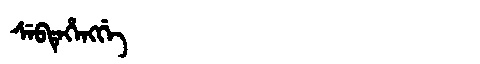
Manchu: ᠰᡝᠪᡨᡝᡥᡝᠩᡤᡝ
Romanization: SEBTEHENGGE